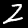
Digit: 2